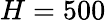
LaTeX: H=500